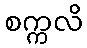
စက္ကလိ